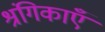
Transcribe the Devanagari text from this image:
श्रंगिकाएँ